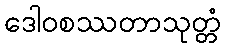
ဒေါဝစဿတာသုတ္တံ